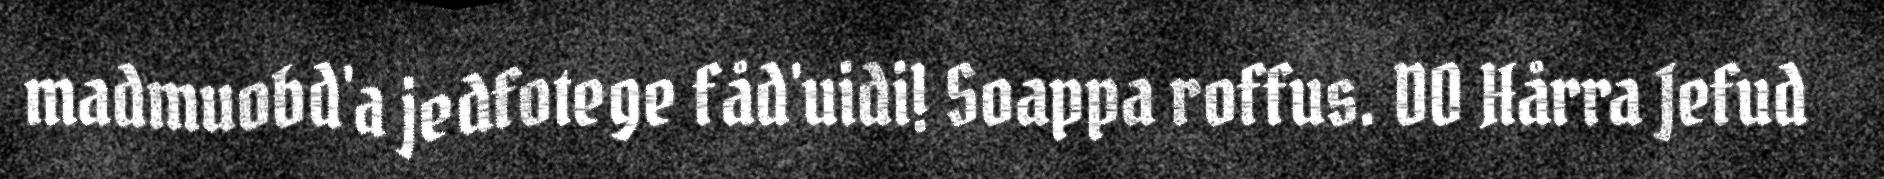
madmuobd'a jedfotege fåd'uidi! Soappa roffus. DO Hårra Jefud